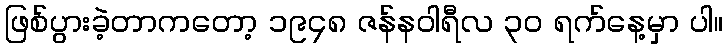
ဖြစ်ပွားခဲ့တာကတော့ ၁၉၄၈ ဇန်နဝါရီလ ၃၀ ရက်နေ့မှာ ပါ။